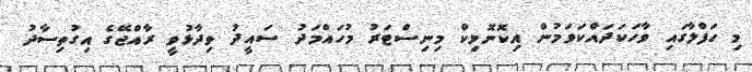
މި ހަފްލާގައި ވާހަކަދައްކަވަމުން އިކޮނޮމިކް މިނިސްޓަރު މުހައްމަދު ސައީދު ވިދާޅުވީ ރާއްޖޭގެ އިގުތިސާދު